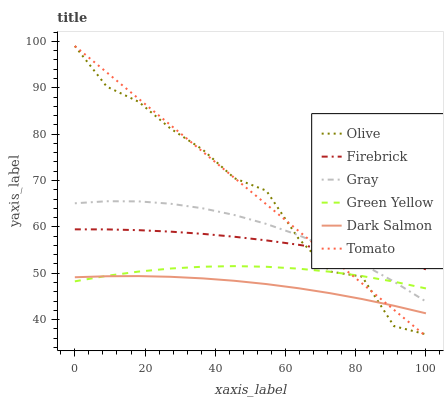
| xaxis_label | Olive | Firebrick | Gray | Green Yellow | Dark Salmon | Tomato |
 | --- | --- | --- | --- | --- | --- | --- |
 | 0 | 99 | 59.5 | 65.1 | 48.3 | 49.1 | 99 |
 | 9.09 | 90.2 | 59.5 | 65.5 | 49.4 | 49.4 | 93.3 |
 | 18.2 | 87 | 59.3 | 65.5 | 50.4 | 49.4 | 87.6 |
 | 27.3 | 81.2 | 59 | 65 | 51 | 49.2 | 81.9 |
 | 36.4 | 76.7 | 58.5 | 64 | 51.4 | 48.9 | 76.2 |
 | 45.5 | 70.5 | 57.9 | 62.6 | 51.5 | 48.4 | 70.6 |
 | 54.5 | 67.8 | 57.1 | 60.6 | 51.4 | 47.7 | 64.9 |
 | 63.6 | 57.5 | 56.1 | 58.2 | 51 | 46.8 | 59.2 |
 | 72.7 | 50.4 | 55.1 | 55.4 | 50.3 | 45.7 | 53.5 |
 | 81.8 | 49.3 | 53.8 | 52 | 49.4 | 44.4 | 47.8 |
 | 90.9 | 38.6 | 52.4 | 48.2 | 48.2 | 43 | 42.1 |
 | 100 | 36.8 | 50.9 | 43.9 | 46.7 | 41.4 | 36.4 |